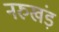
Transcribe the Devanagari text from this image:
नरुखंड़